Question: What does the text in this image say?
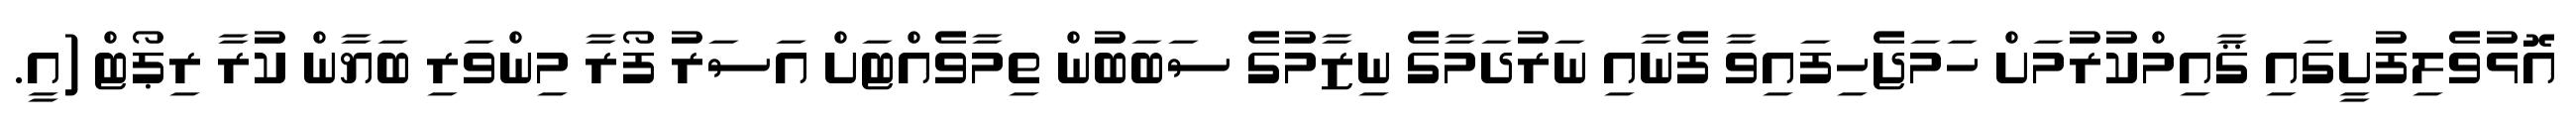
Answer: އޮޅުވެލިފުށީގައި ޤާއިމްކުރުމަށް ހަމަޖެހިފައިވާ ފެނާއި ނަރުދަމާގެ ނިޒާމުގެ ސަބަބުން ތިމާވެއްޓަށް އަސަރު ފޯރާ މިންވަރި ބަޔާން ކުރާ ރިޕޯޓް (އީ.